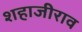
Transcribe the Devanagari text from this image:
शहाजीराव